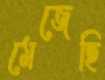
মেজেছি